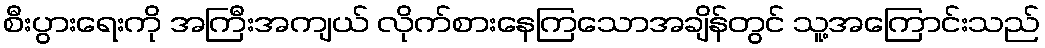
စီးပွားရေးကို အကြီးအကျယ် လိုက်စားနေကြသောအချိန်တွင် သူ့အကြောင်းသည်